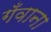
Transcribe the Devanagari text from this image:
गँवाना